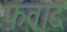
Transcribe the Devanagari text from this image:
फ़वाद